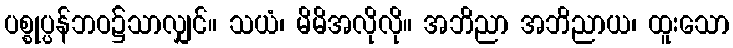
ပစ္စုပ္ပန်ဘဝ၌သာလျှင်။ သယံ၊ မိမိအလိုလို။ အဘိညာ အဘိညာယ၊ ထူးသော